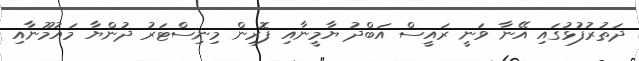
ދަތުރުފުޅުގައި އޭނާ ވަނީ ރައީސް އަބްދު ޔާމީނާއި ފޮރިން މިނިސްޓަރު ދުންޔާ މައުމޫނާއި